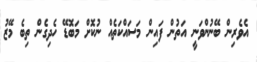
އެވެރިން ބޭނުންވަނީ އަތުން ފައިން މަސައްކަތެއް ނުކޮށް މަބޮޑޭ ހެދިގެން ތިބެ މޭޒު